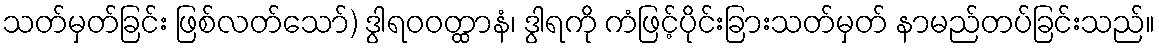
သတ်မှတ်ခြင်း ဖြစ်လတ်သော်) ဒွါရဝဝတ္ထာနံ၊ ဒွါရကို ကံဖြင့်ပိုင်းခြားသတ်မှတ် နာမည်တပ်ခြင်းသည်။